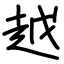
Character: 越